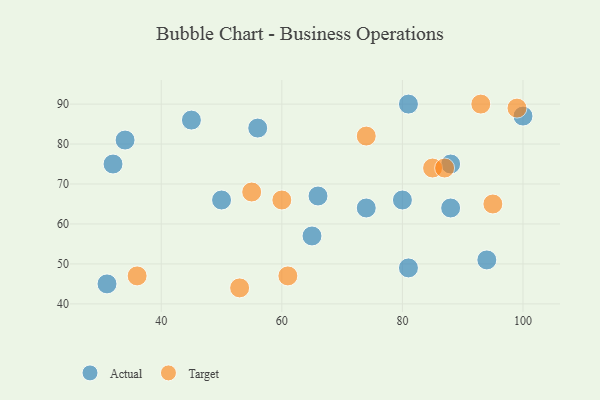
{"axis": {"x": "GDP", "y": "Life Expectancy"}, "legend": ["Actual", "Target"], "data": [{"x": "50", "y": 66, "type": "Actual"}, {"x": "74", "y": 64, "type": "Actual"}, {"x": "88", "y": 75, "type": "Actual"}, {"x": "34", "y": 81, "type": "Actual"}, {"x": "66", "y": 67, "type": "Actual"}, {"x": "32", "y": 75, "type": "Actual"}, {"x": "81", "y": 90, "type": "Actual"}, {"x": "31", "y": 45, "type": "Actual"}, {"x": "100", "y": 87, "type": "Actual"}, {"x": "80", "y": 66, "type": "Actual"}, {"x": "65", "y": 57, "type": "Actual"}, {"x": "56", "y": 84, "type": "Actual"}, {"x": "45", "y": 86, "type": "Actual"}, {"x": "94", "y": 51, "type": "Actual"}, {"x": "81", "y": 49, "type": "Actual"}, {"x": "88", "y": 64, "type": "Actual"}, {"x": "53", "y": 44, "type": "Target"}, {"x": "55", "y": 68, "type": "Target"}, {"x": "61", "y": 47, "type": "Target"}, {"x": "95", "y": 65, "type": "Target"}, {"x": "85", "y": 74, "type": "Target"}, {"x": "36", "y": 47, "type": "Target"}, {"x": "99", "y": 89, "type": "Target"}, {"x": "60", "y": 66, "type": "Target"}, {"x": "74", "y": 82, "type": "Target"}, {"x": "87", "y": 74, "type": "Target"}, {"x": "93", "y": 90, "type": "Target"}]}